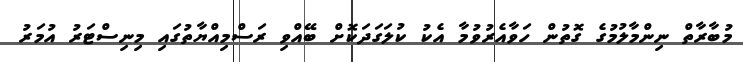
މުބާރާތް ނިންމާލުމުގެ ގޮތުން ހަވާއެރުވުމާ އެކު ކުލަގަދަކޮށް ބޭއްވި ރަސްމިއްޔާތުގައި މިނިސްޓަރު އުމަރު